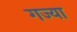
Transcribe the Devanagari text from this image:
गज्या